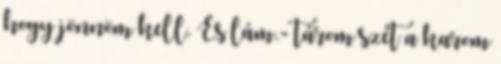
hogy jönnöm kell. És lám.- tárom szét a karom